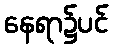
နေရာ၌ပင်